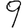
Digit: 9